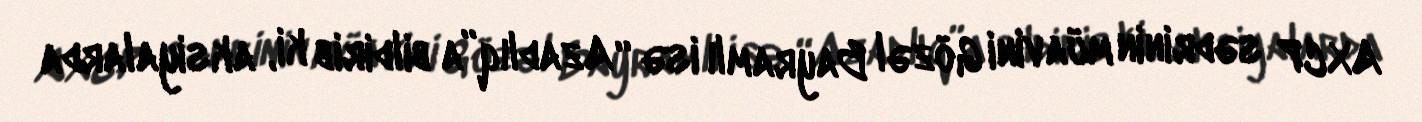
AXCP sədrinin müavini Gözəl Bayramlı isə “Azadlıq”a bildirib ki, aksiyalarda